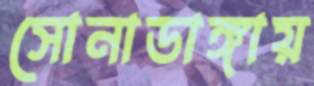
সোনাডাঙ্গায়